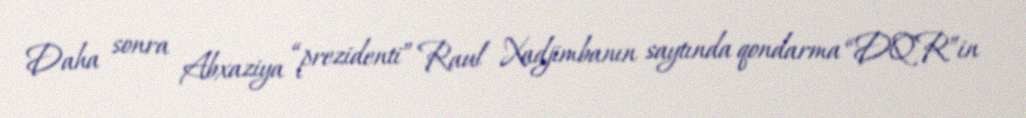
Daha sonra Abxaziya “prezidenti” Raul Xadjimbanın saytında qondarma “DQR”in